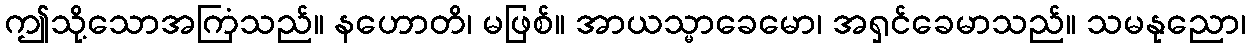
ဤသို့သောအကြံသည်။ နဟောတိ၊ မဖြစ်။ အာယသ္မာခေမော၊ အရှင်ခေမာသည်။ သမနုညော၊